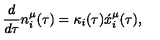
\frac { d } { d \tau } n _ { i } ^ { \mu } ( \tau ) = \kappa _ { i } ( \tau ) \acute { x } _ { i } ^ { \mu } ( \tau ) ,